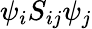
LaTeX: {\psi}_{i}S_{ij}{\psi}_{j}